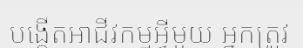
បង្កើតអាជីវកម្មអ្វីមួយ អ្នកត្រូវ